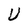
Character: U